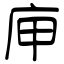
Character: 庘